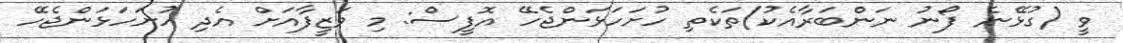
ވީ (ގުޅޭނެ ފޯނު ނަންބަރާއެކު)ތަކެތި ހުށަހަޅަންޖެހޭ އޮފީސް: މި ވަޒީފާއަށް އެދި ހުށަހަޅަންޖެހޭ